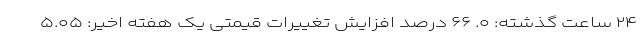
۲۴ ساعت گذشته: ۰. ۶۶ درصد افزایش تغییرات قیمتی یک هفته اخیر: ۵.۰۵